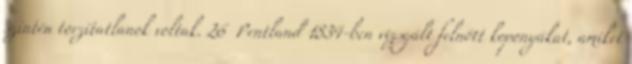
szintén torzítatlanok voltak. 26 Pentland 1834-ben vizsgált felnőtt koponyákat, amiket